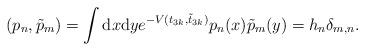
LaTeX: \begin{align*}(p_{n},\tilde{p}_{m})=\int{\rm d}x{\rm d}ye^{-V(t_{3k},\tilde{t}_{3k})}p_{n}(x)\tilde{p}_{m}(y)=h_{n}\delta_{m,n}.\end{align*}